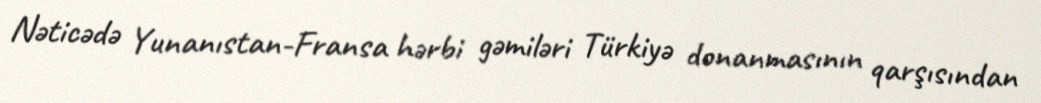
Nəticədə Yunanıstan-Fransa hərbi gəmiləri Türkiyə donanmasının qarşısından